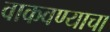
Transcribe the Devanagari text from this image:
वाकवण्याचा